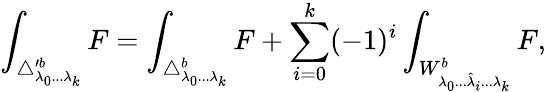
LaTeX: \int_{\triangle_{\lambda_{0}...\lambda_{k}}^{\prime b}}F=\int_{\triangle_{\lambda_{0}...\lambda_{k}}^{b}}F+\sum_{i=0}^{k}(-1)^{i}\int_{W_{\lambda_{0}...\hat{\lambda}_{i}...\lambda_{k}}^{b}}F,